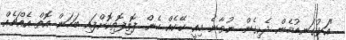
"އަޅުގަނޑުމެން ދެކިގެން ނުވާނެ މިއީ ކޭކެއް ހެން ފޮތިފޮތިކޮށްފައި ބަހަން އޮތް އެއްޗެއް